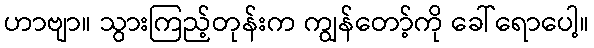
ဟာဗျာ။ သွားကြည့်တုန်းက ကျွန်တော့်ကို ခေါ်ရောပေါ့။